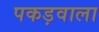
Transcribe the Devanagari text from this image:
पकड़वाला